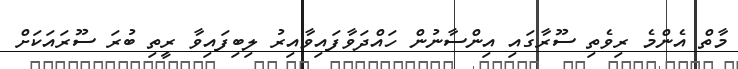
މާތް އެންމެ ރިވެތި ސޫރާގައި އިންސާނުން ހައްދަވާފައިވާއިރު ލިބިފައިވާ ރީތި ބުރަ ސޫރައަކަށް